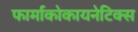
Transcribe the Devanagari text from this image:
फार्माकोकायनेटिक्स